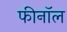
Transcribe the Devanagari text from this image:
फीनॉल